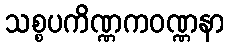
သစ္စပကိဏ္ဏကဝဏ္ဏနာ